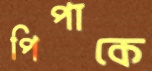
পিপাকে